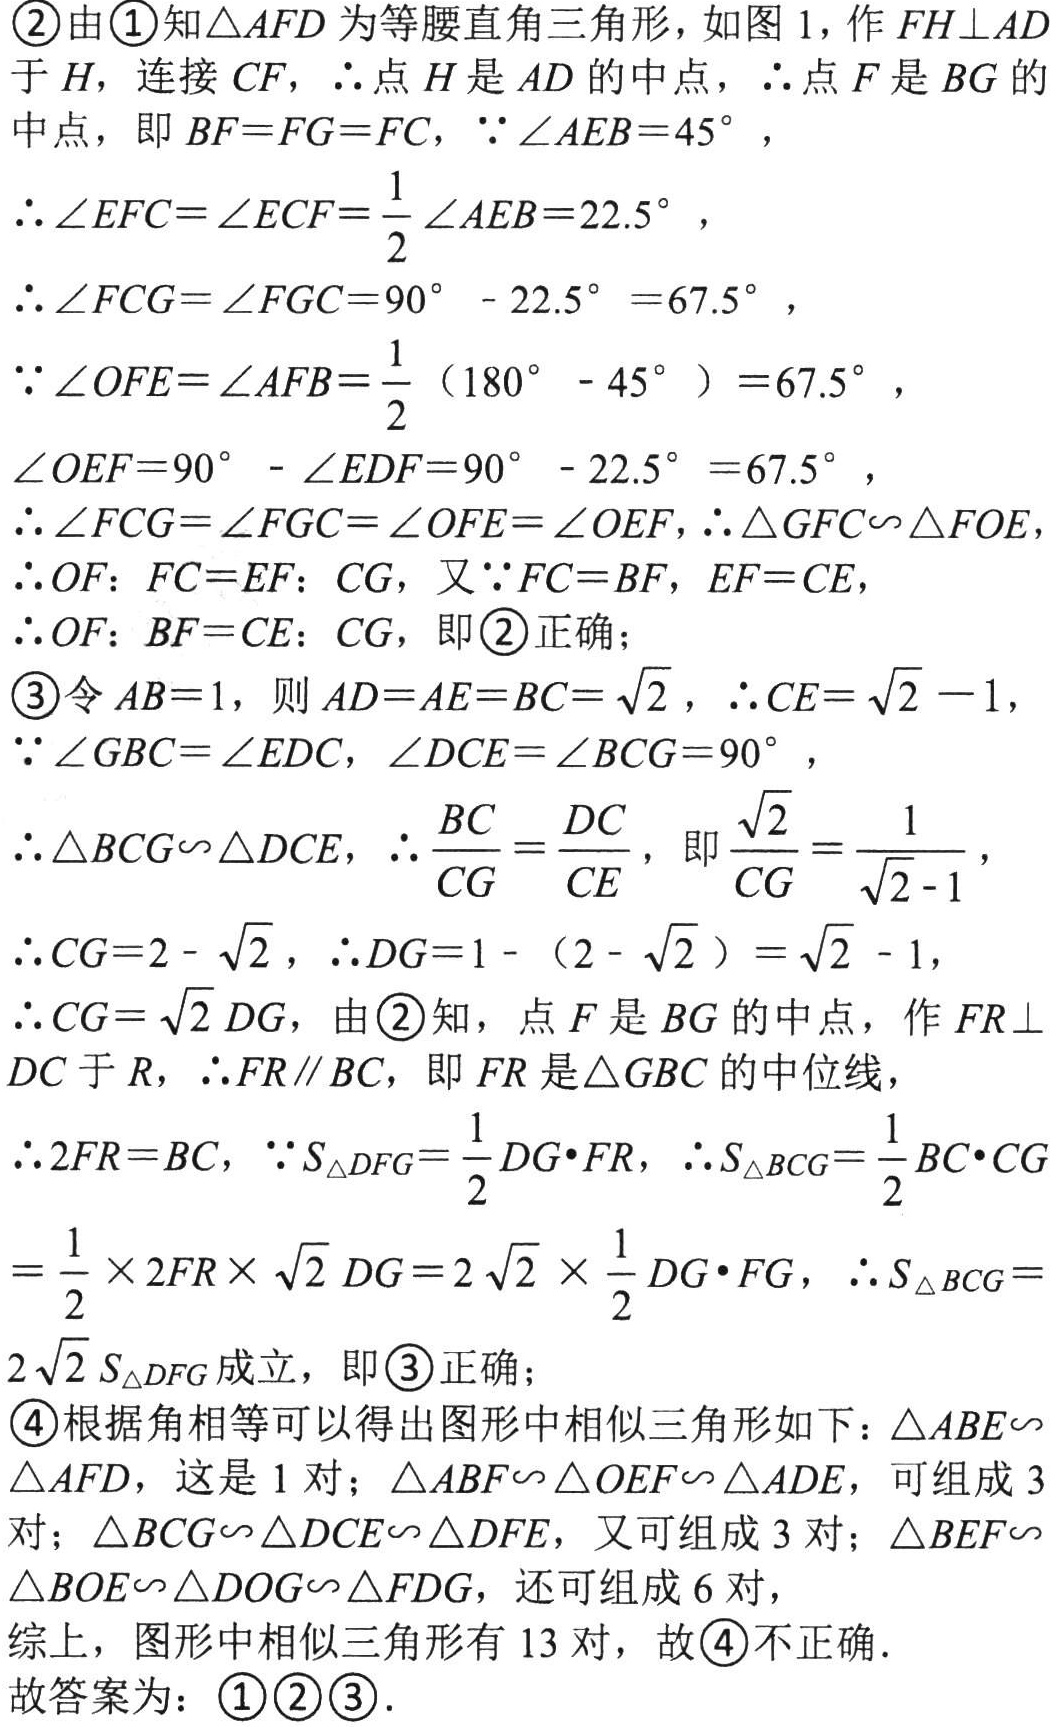
\begin{enumerate}

\item[\textcircled{2}] 由\textcircled{1}知\(\triangle AFD\)为等腰直角三角形，如图 1，作\(FH\perp AD\)于\(H\)，连接\(CF\)，\(\therefore\)点\(H\)是\(AD\)的中点，\(\therefore\)点\(F\)是\(BG\)的中点，即\(BF = FG=FC\)，\(\because\angle AEB = 45^{\circ}\)，

\(\therefore\angle EFC=\angle ECF=\frac{1}{2}\angle AEB = 22.5^{\circ}\)，

\(\therefore\angle FCG=\angle FGC = 90^{\circ}-22.5^{\circ}=67.5^{\circ}\)，

\(\because\angle OFE=\angle AFB=\frac{1}{2}(180^{\circ}-45^{\circ}) = 67.5^{\circ}\)，

\(\angle OEF = 90^{\circ}-\angle EDF=90^{\circ}-22.5^{\circ}=67.5^{\circ}\)，

\(\therefore\angle FCG=\angle FGC=\angle OFE=\angle OEF\)，\(\therefore\triangle GFC\sim\triangle FOE\)，

\(\therefore OF:FC = EF:CG\)，又\(\because FC = BF\)，\(EF = CE\)，

\(\therefore OF:BF = CE:CG\)，即\textcircled{2}正确；

\item[\textcircled{3}] 令\(AB = 1\)，则\(AD = AE=BC=\sqrt{2}\)，\(\therefore CE=\sqrt{2}-1\)，

\(\because\angle GBC=\angle EDC\)，\(\angle DCE=\angle BCG = 90^{\circ}\)，

\(\therefore\triangle BCG\sim\triangle DCE\)，\(\therefore\frac{BC}{CG}=\frac{DC}{CE}\)，即\(\frac{\sqrt{2}}{CG}=\frac{1}{\sqrt{2}-1}\)，

\(\therefore CG = 2-\sqrt{2}\)，\(\therefore DG=1-(2 - \sqrt{2})=\sqrt{2}-1\)，

\(\therefore CG=\sqrt{2}DG\)，由\textcircled{2}知，点\(F\)是\(BG\)的中点，作\(FR\perp DC\)于\(R\)，\(\therefore FR\parallel BC\)，即\(FR\)是\(\triangle GBC\)的中位线，

\(\therefore 2FR = BC\)，\(\because S_{\triangle DFG}=\frac{1}{2}DG\cdot FR\)，\(\therefore S_{\triangle BCG}=\frac{1}{2}BC\cdot CG\)

\(=\frac{1}{2}\times 2FR\times\sqrt{2}DG=2\sqrt{2}\times\frac{1}{2}DG\cdot FG\)，\(\therefore S_{\triangle BCG}=2\sqrt{2}S_{\triangle DFG}\)成立，即\textcircled{3}正确；

\item[\textcircled{4}] 根据角相等可以得出图形中相似三角形如下：\(\triangle ABE\sim\triangle AFD\)，这是 1 对；\(\triangle ABF\sim\triangle OEF\sim\triangle ADE\)，可组成 3 对；\(\triangle BCG\sim\triangle DCE\sim\triangle DFE\)，又可组成 3 对；\(\triangle BEF\sim\triangle BOE\sim\triangle DOG\sim\triangle FDG\)，还可组成 6 对，

综上，图形中相似三角形有 13 对，故\textcircled{4}不正确．

\end{enumerate}

故答案为：\textcircled{1}\textcircled{2}\textcircled{3}．